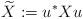
LaTeX: \begin{align*}\widetilde{X}:=u^*Xu\end{align*}